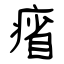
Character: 㾪